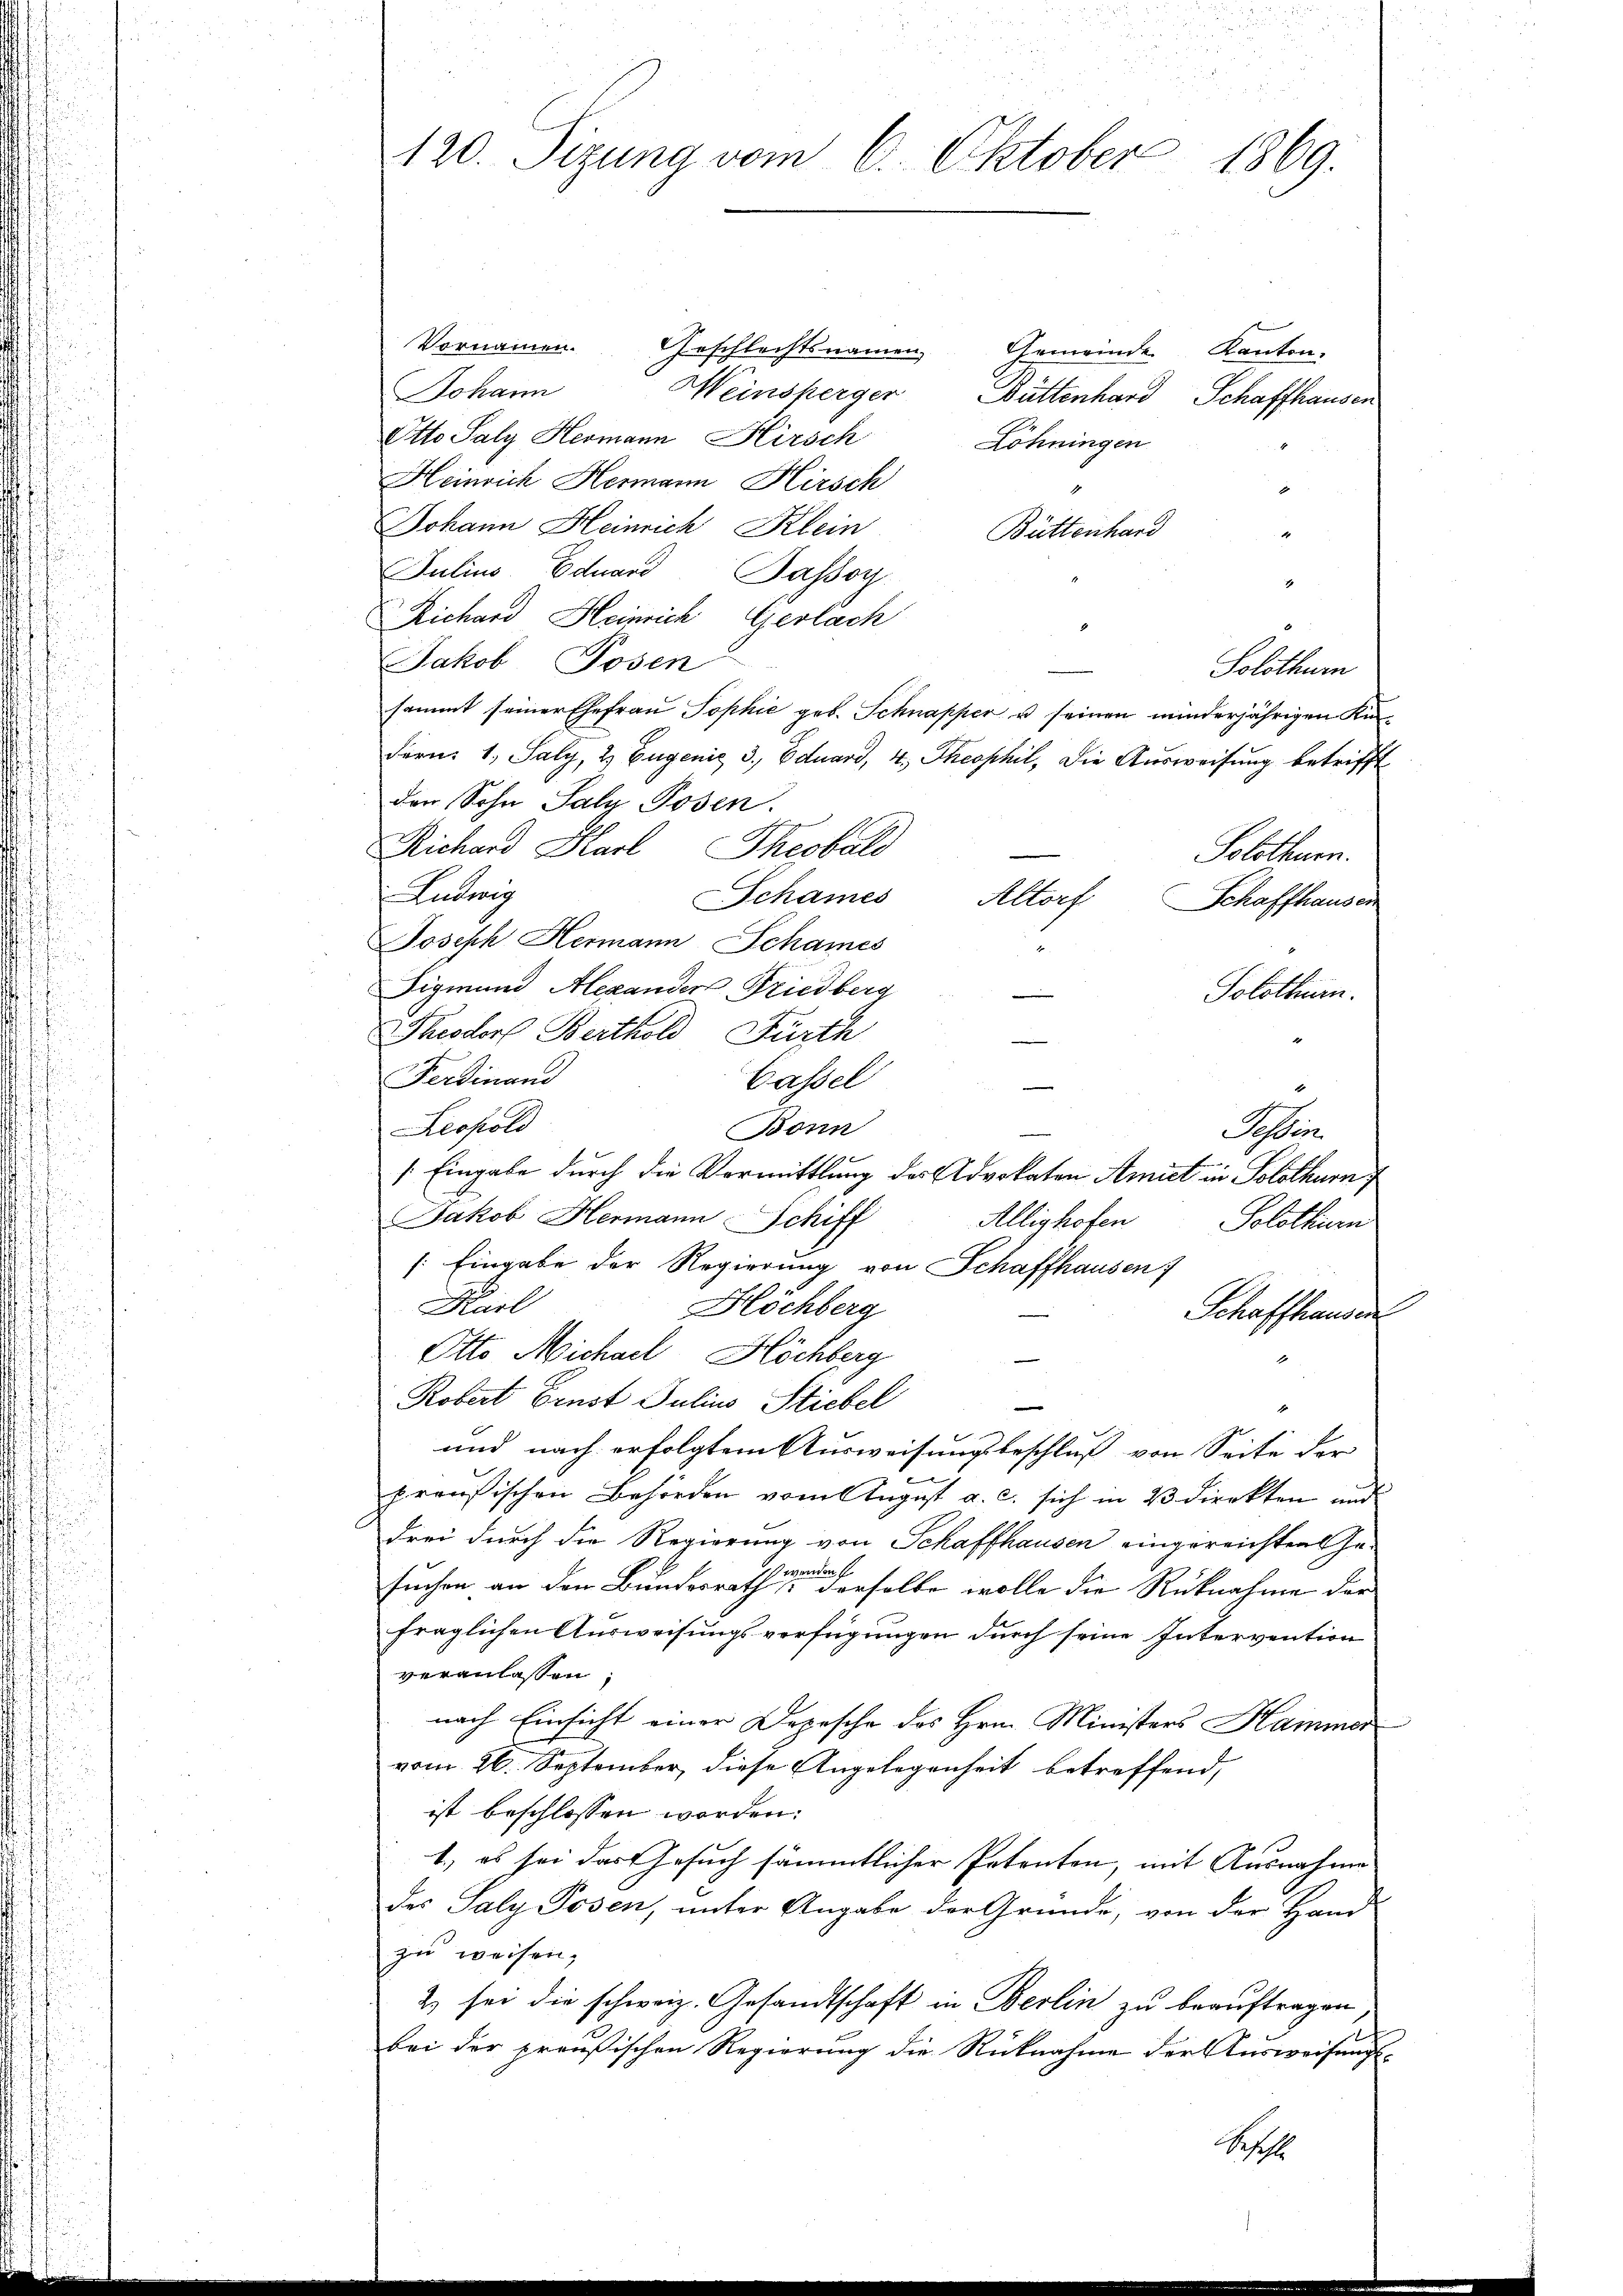
.
d
120. Sizung vom 6. Oktober 1869.

Vornamen. Geschlechtsnamen
Gemeinde Kanton.
Heinsperger
Johann
Büttenhard Schaffhausen
Otto Saly Hermann Kirsch
Löhningen
Heinrich Hermann Hirsch
Johann Heinrich Klein
Büttenhard
r
Julius. Eduard Passoy
1
Richard Heinrich Gerlach
Jakob Posen
Solothurn
sammt seiner Ehefrau Sophie geb. Schnapper u seinen minderjährigen Kin¬
Fern: 1., Saly, 2 Eugenis 3. Eduard, 4. Theophil, die Ausweisung betrifft
der Sohn Salz Posen.
Richard Karl Theobald
Solothurn.
Ludwig
Schames
Altorf
Schaffhausen
Joseph Hermann Schames
3
Sigmund Alexander Friedberg
Solothurn.
Theodor Berthold Fürth
Ferdinand
Cassel
4
Leopold
Bonn
Ster
/. Eingabe durch die Vormittlung des Advokaten Amiet in Solothurn
Jakob Hermann Schiff
Allishofen
Solothurn
/: Eingabe der Regierung von Schaffhausen
Karl
Höchberg
Schaffhausen
Otto Michael Höchberg
Robert Ernst Julius Stiebel
und nach erfolgtem Ausweisungsbeschluß von Seite der
.
preußischen Behörden vom August a. c. sich in 23 direkten und
drei durch die Regierung von Schaffhausen eingereichten Gesuchen an den Bundesrath der dieselbe wolle die Rücknahme der
fraglichen Ausweisungsverfügungen durch seine Intervention
veranlassen:
nach Einsicht einer Depesche des Hrn. Ministers Hammer
vom 26. September, diese Angelegenheit betreffend,
ist beschlossen worden:
1.) es sei das Gesuch sämmtlicher Petenten, mit Ausnahme
des Saly Posen, unter Angabe der Gründe, von der Hand-
zu weisen,
2) sei die schweiz. Gesandtschaft in Berlin zu beauftragen,
bei der preußischen Regierung die Rücknahme der Ausweisung